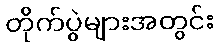
တိုက်ပွဲများအတွင်း